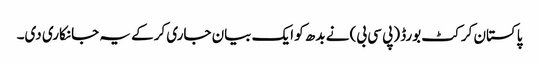
پاکستان کرکٹ بورڈ (پی سی بی) نے بدھ کو ایک بیان جاری کرکے یہ جانکاری دی۔